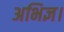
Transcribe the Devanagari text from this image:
अभिज्ञ।